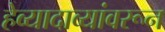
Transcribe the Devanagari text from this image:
हेव्यादाव्यांवरून